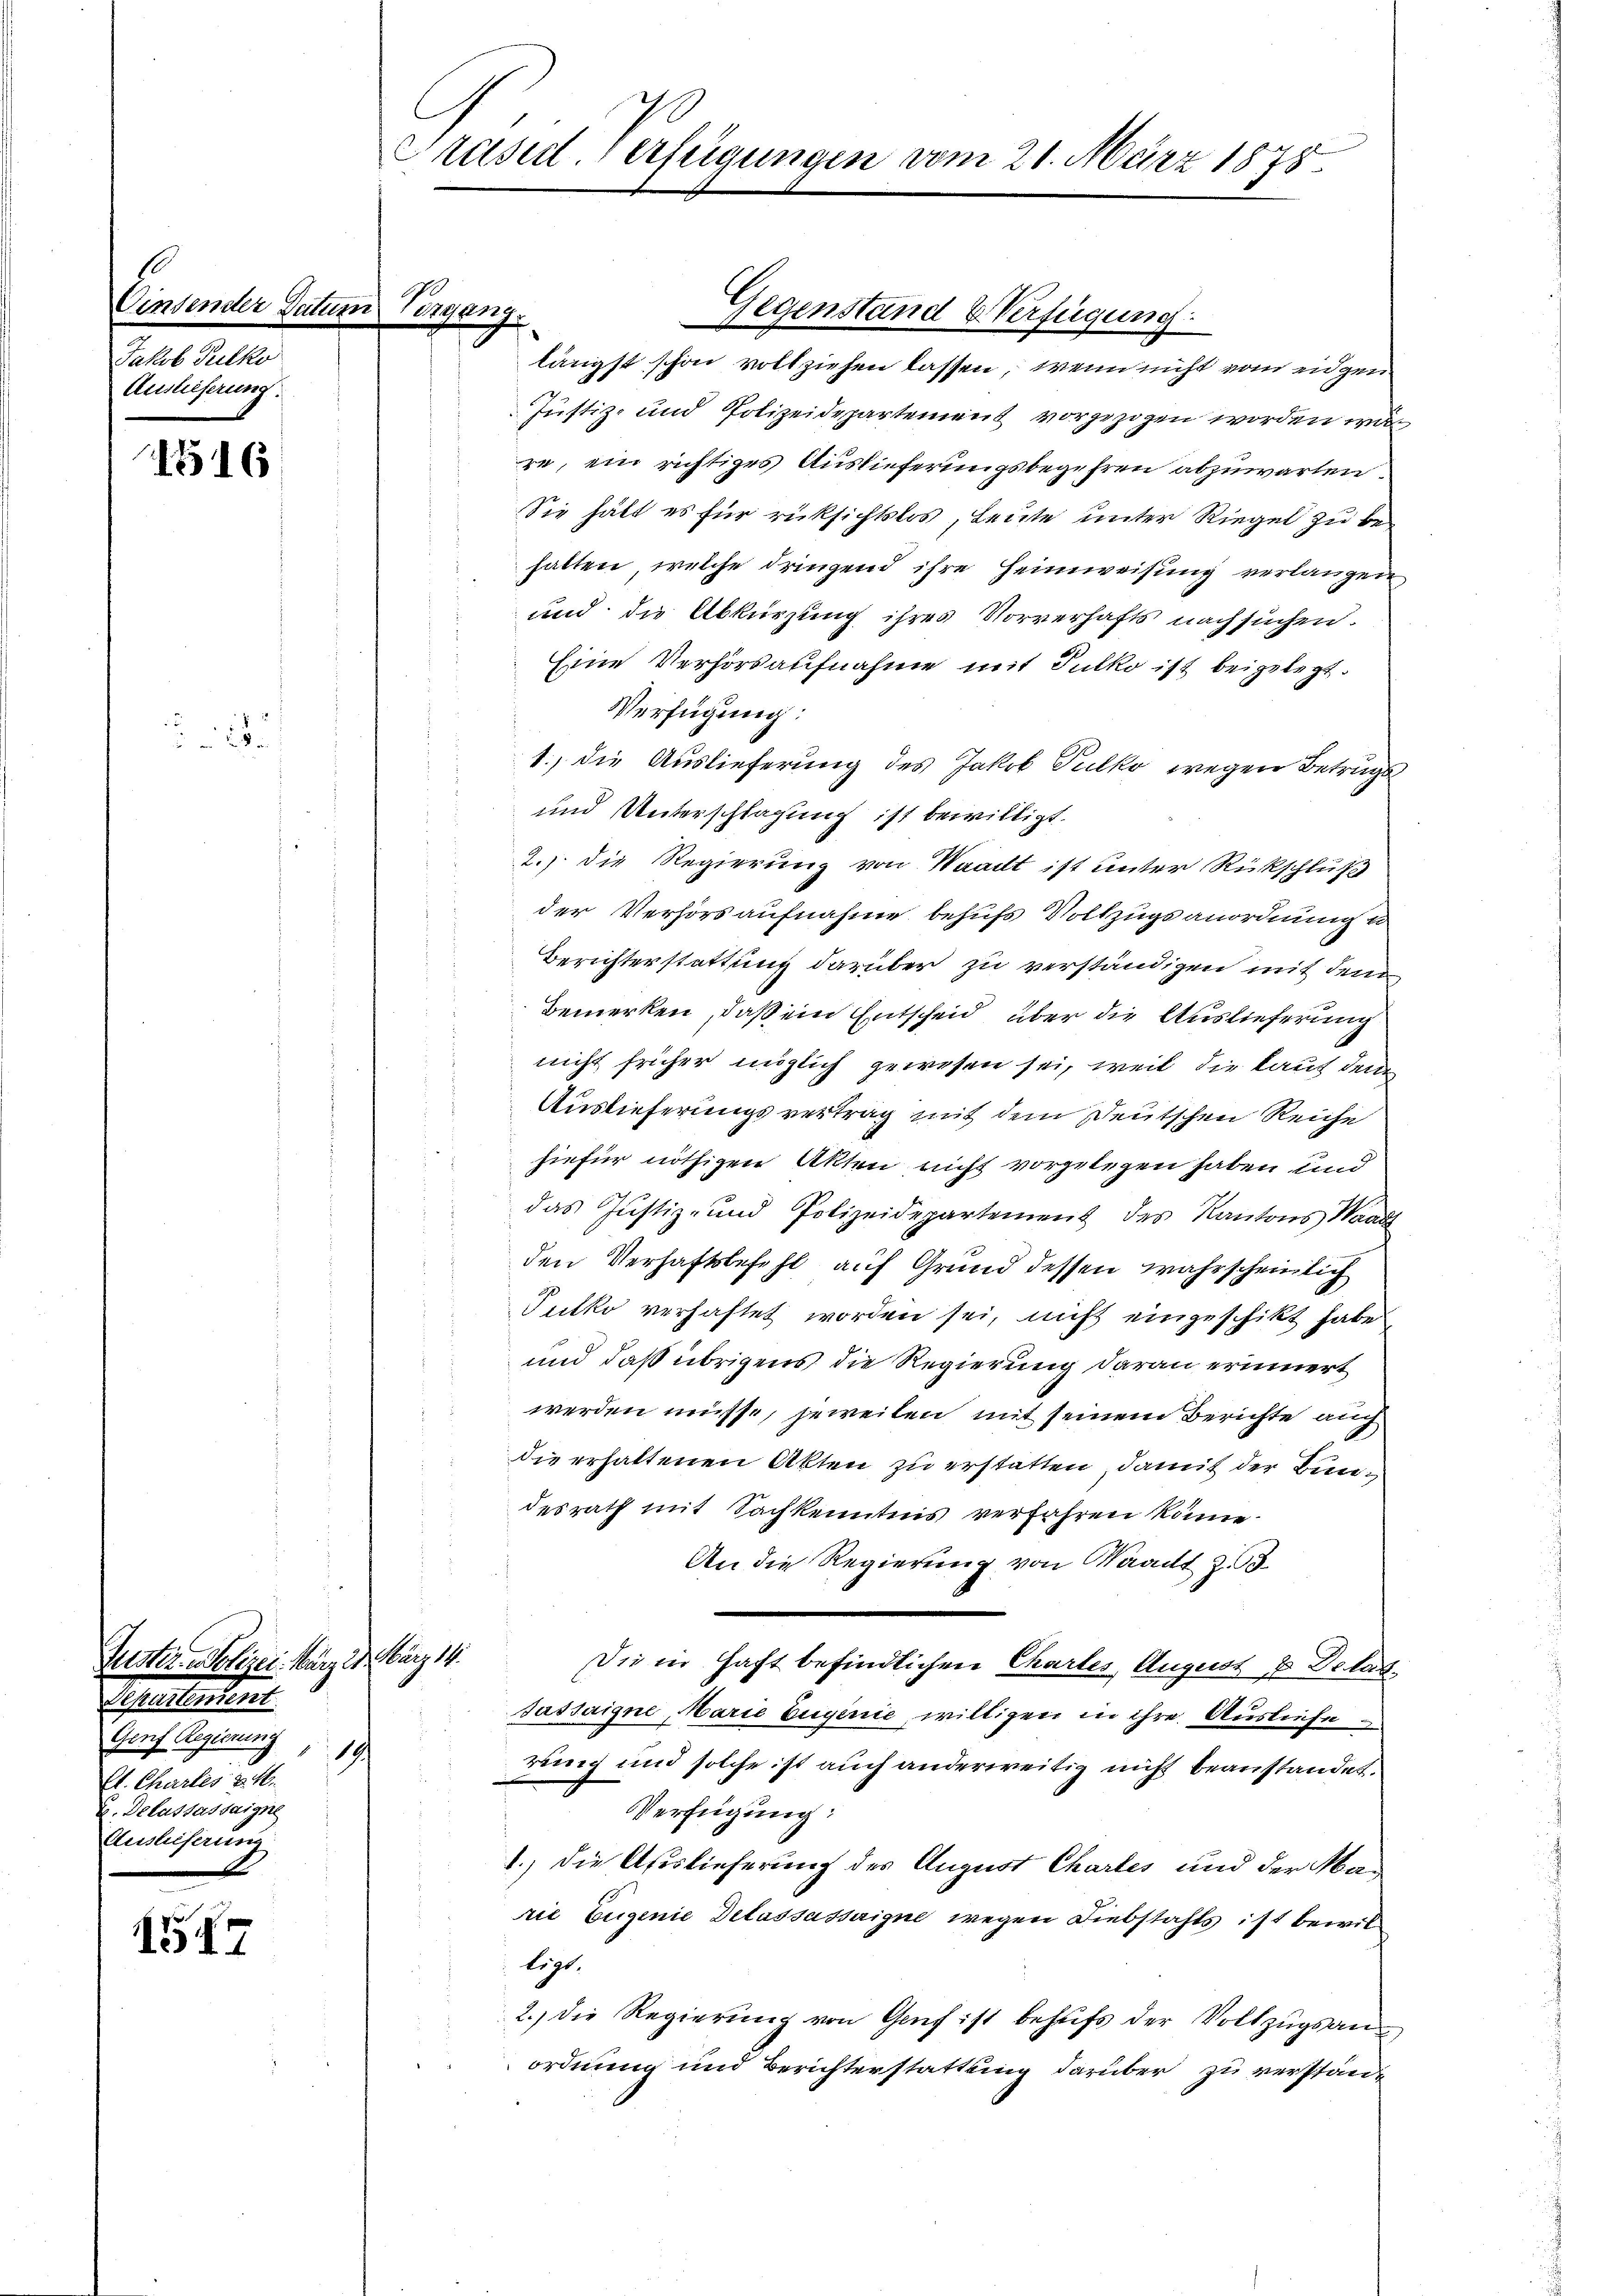
Einsender Vaters
Jakob Tulko
Auslieferung.

1516

157

2

9

Puster Polizei. März 28. März 14.
Echaltetent
Gerf Regierung
19
Et. Chartes v. M.
E. Delassessaigne
Ausleiserung

Präsid. Verfügungen vom 21. März 1875.

eigung.

längst schon vollziehen lassen, wenn nicht vom eidgen
Justiz- und Polizeidepartement vorgezogen worden war
re, ein richtiges Auslieferungsbegehren abzuwarten.
Sie hält es für rücksichtslos, Leute unter Riegel zu behalten, welche dringend ihre Heimweisung verlangen
und die Abkürzung ihres Vorverhafts nachsuchen.
Eine Verhörsaufnahme mit Sulko ist beigelegt.
Verfügung:
1.) die Auslieferung des Jakob Tulko wegen Betrugs
und Unterschlagung ist bewilligt.
1
d
2.) Die Regierung von Waadt ist unter Rückschluß
der Verhörsaufnahme behufs Vollzugsanordnung u
Berichterstattung darüber zu verständigen mit dem
Bemerken, daß ein Entscheid über die Auslieferung
nicht früher möglich gewesen sei, weil die kauf dem
Auslieferungsvertrag mit dem Deutschen Reiche
hiefür nöthigen Akten nicht vorgelegen haben und
das Justiz- und Polizeidepartement des Kantons Waadt
den Verhaftsbefehl auf Grund dessen wahrscheinlich
Putko verhaftet worden sei, nicht eingeschikt habe
und daß übrigens die Regierung daran erinnert
werden müsse, jeweilen mit seinem Berichte auch
die erhaltenen Akten zu erstatten, damit der Bundesrath mit Sachkenntnis verfahren könne.
An die Regierung von Waadt Z. 3
Die in Haft befindlichen Chartes, August 2 Delas¬
Sassaigne, Marie buginie willigen in ihre Ausliefe
rung und solche ist auch anderweitig nicht beanstandet.
Verfügung:
1.) Die Auslieferung des August Chartes und der Marić Eugenie Delassessaigne wegen Diebstahls ist bewilligt.
2.) Die Regierung von Genf ist behufs der Vollzŭgsanordnung und Berichterstattung darüber zu verstände

Gegenstand & Verfügung: